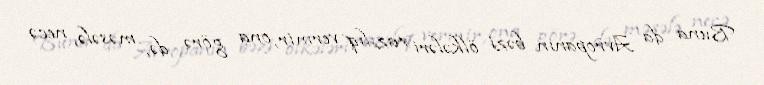
Buna da Avropanın bəzi ölkələri razılıq vermir, ona görə də, məsələ, necə